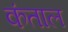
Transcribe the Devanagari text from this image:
कंताल